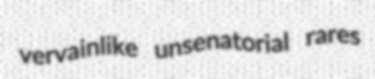
vervainlike unsenatorial rares